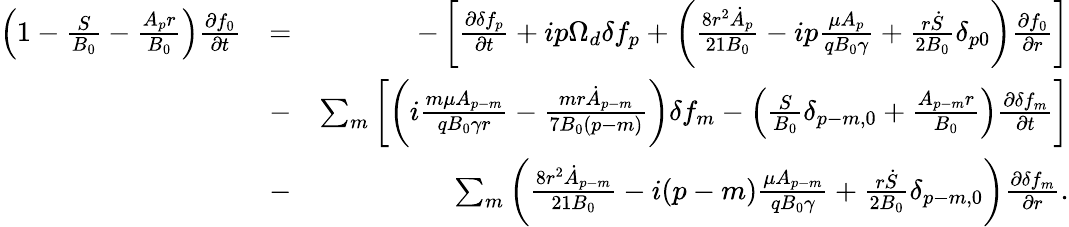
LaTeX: \begin{array}{rlr}{\left(1-\frac{S}{B_{0}}-\frac{A_{p}r}{B_{0}}\right)\frac{\partial f_{0}}{\partial t}}&{=}&{-\left[\frac{\partial\delta f_{p}}{\partial t}+ip\Omega_{d}\delta f_{p}+\left(\frac{8r^{2}\dot{A}_{p}}{21B_{0}}-ip\frac{\mu A_{p}}{qB_{0}\gamma}+\frac{r\dot{S}}{2B_{0}}\delta_{p0}\right)\frac{\partial f_{0}}{\partial r}\right]}\\ &{-}&{\sum_{m}\left[\left(i\frac{m\mu A_{p-m}}{qB_{0}\gamma r}-\frac{mr\dot{A}_{p-m}}{7B_{0}(p-m)}\right)\delta f_{m}-\left(\frac{S}{B_{0}}\delta_{p-m,0}+\frac{A_{p-m}r}{B_{0}}\right)\frac{\partial\delta f_{m}}{\partial t}\right]}\\ &{-}&{\sum_{m}\left(\frac{8r^{2}\dot{A}_{p-m}}{21B_{0}}-i(p-m)\frac{\mu A_{p-m}}{qB_{0}\gamma}+\frac{r\dot{S}}{2B_{0}}\delta_{p-m,0}\right)\frac{\partial\delta f_{m}}{\partial r}.}\end{array}